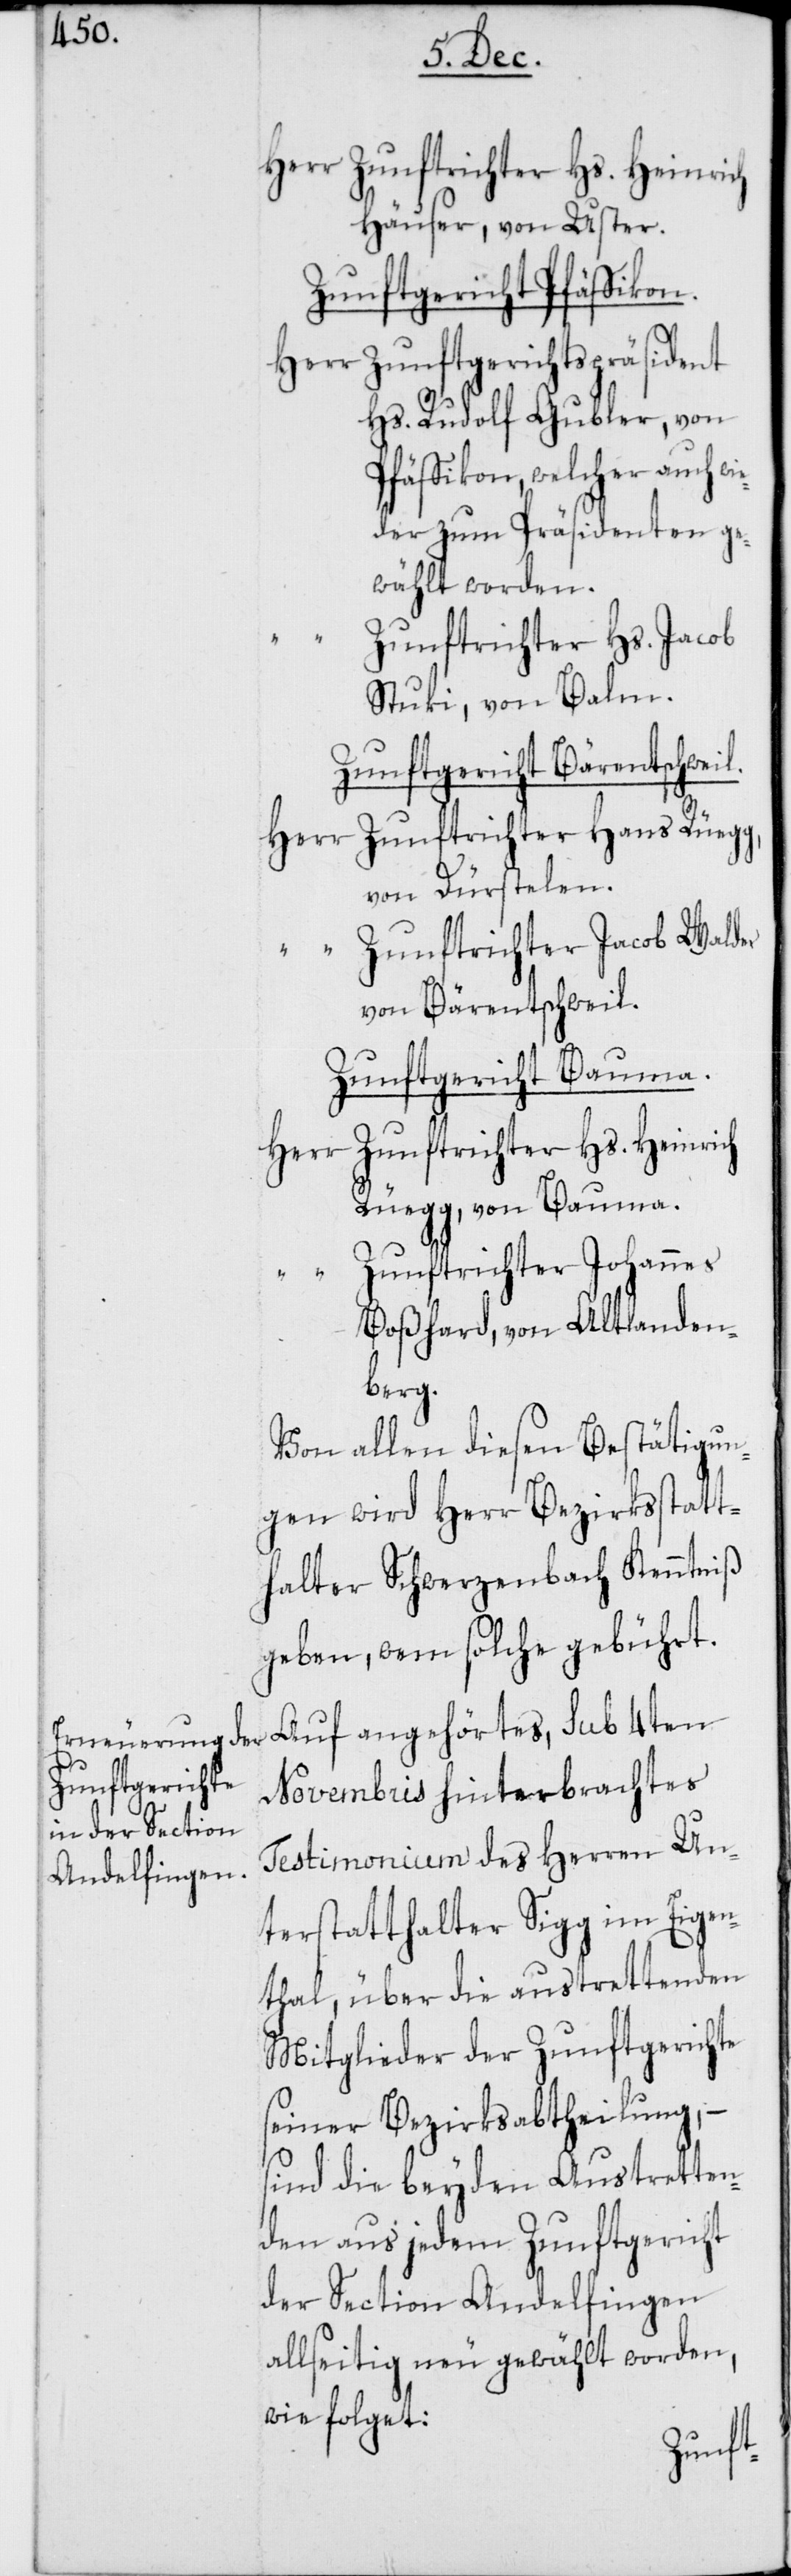
Herr Zunftrichter Hs. Heinrich
Häuser, von Uster.
Zunftgericht Pfäffikon.
Herr Zunftgerichtspräsident
Hs. Rudolf Gubler, von
Pfäffikon, welcher auch
gewählt worden.
“ Zunftrichter Hs. Jacob
Stuki, von Balm.
Zunftgericht Bärentschweil.
Herr Zunftrichter Hans Rüegg,
von Dürstelen.
“ Zunftrichter Jacob Walder
von Bärentschweil.
Zunftgericht Bauma.
Herr Zunftrichter Hs. Heinrich
Rüegg, von Bauma.
Zunftrichter Johannes
Boßhard, von Altlanden¬
berg.
Von allen diesen Bestätigun¬
gen wird Herr Bezirksstatt¬
halter Schwerzenbach Kenntniß
geben, wem solche gebührt.
Novembris hinterbrachtes
Testimonium des Herren Un¬
terstatthalter Sigg im Eigen¬
thal, über die austrettenden
Mitglieder der Zunftgerichte
seiner Bezirksabtheilung, –
sind die beyden Austretten¬
den aus jedem Zunftgericht
der Section Andelfingen
allseitig neu gewählt worden,
wie folget: